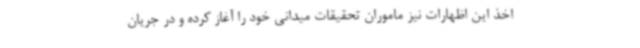
اخذ این اظهارات نیز ماموران تحقیقات میدانی خود را آغاز کرده و در جریان